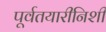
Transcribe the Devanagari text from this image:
पूर्वतयारीनिशी